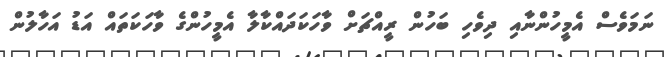
ނަމަވެސް އެމީހުންނާއި ދިވެހި ބަހުން ރީއްޗަށް ވާހަކަދައްކާލާ އެމީހުންގެ ވާހަކަތައް އަޑު އަހާލުން